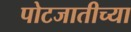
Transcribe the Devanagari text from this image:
पोटजातीच्या